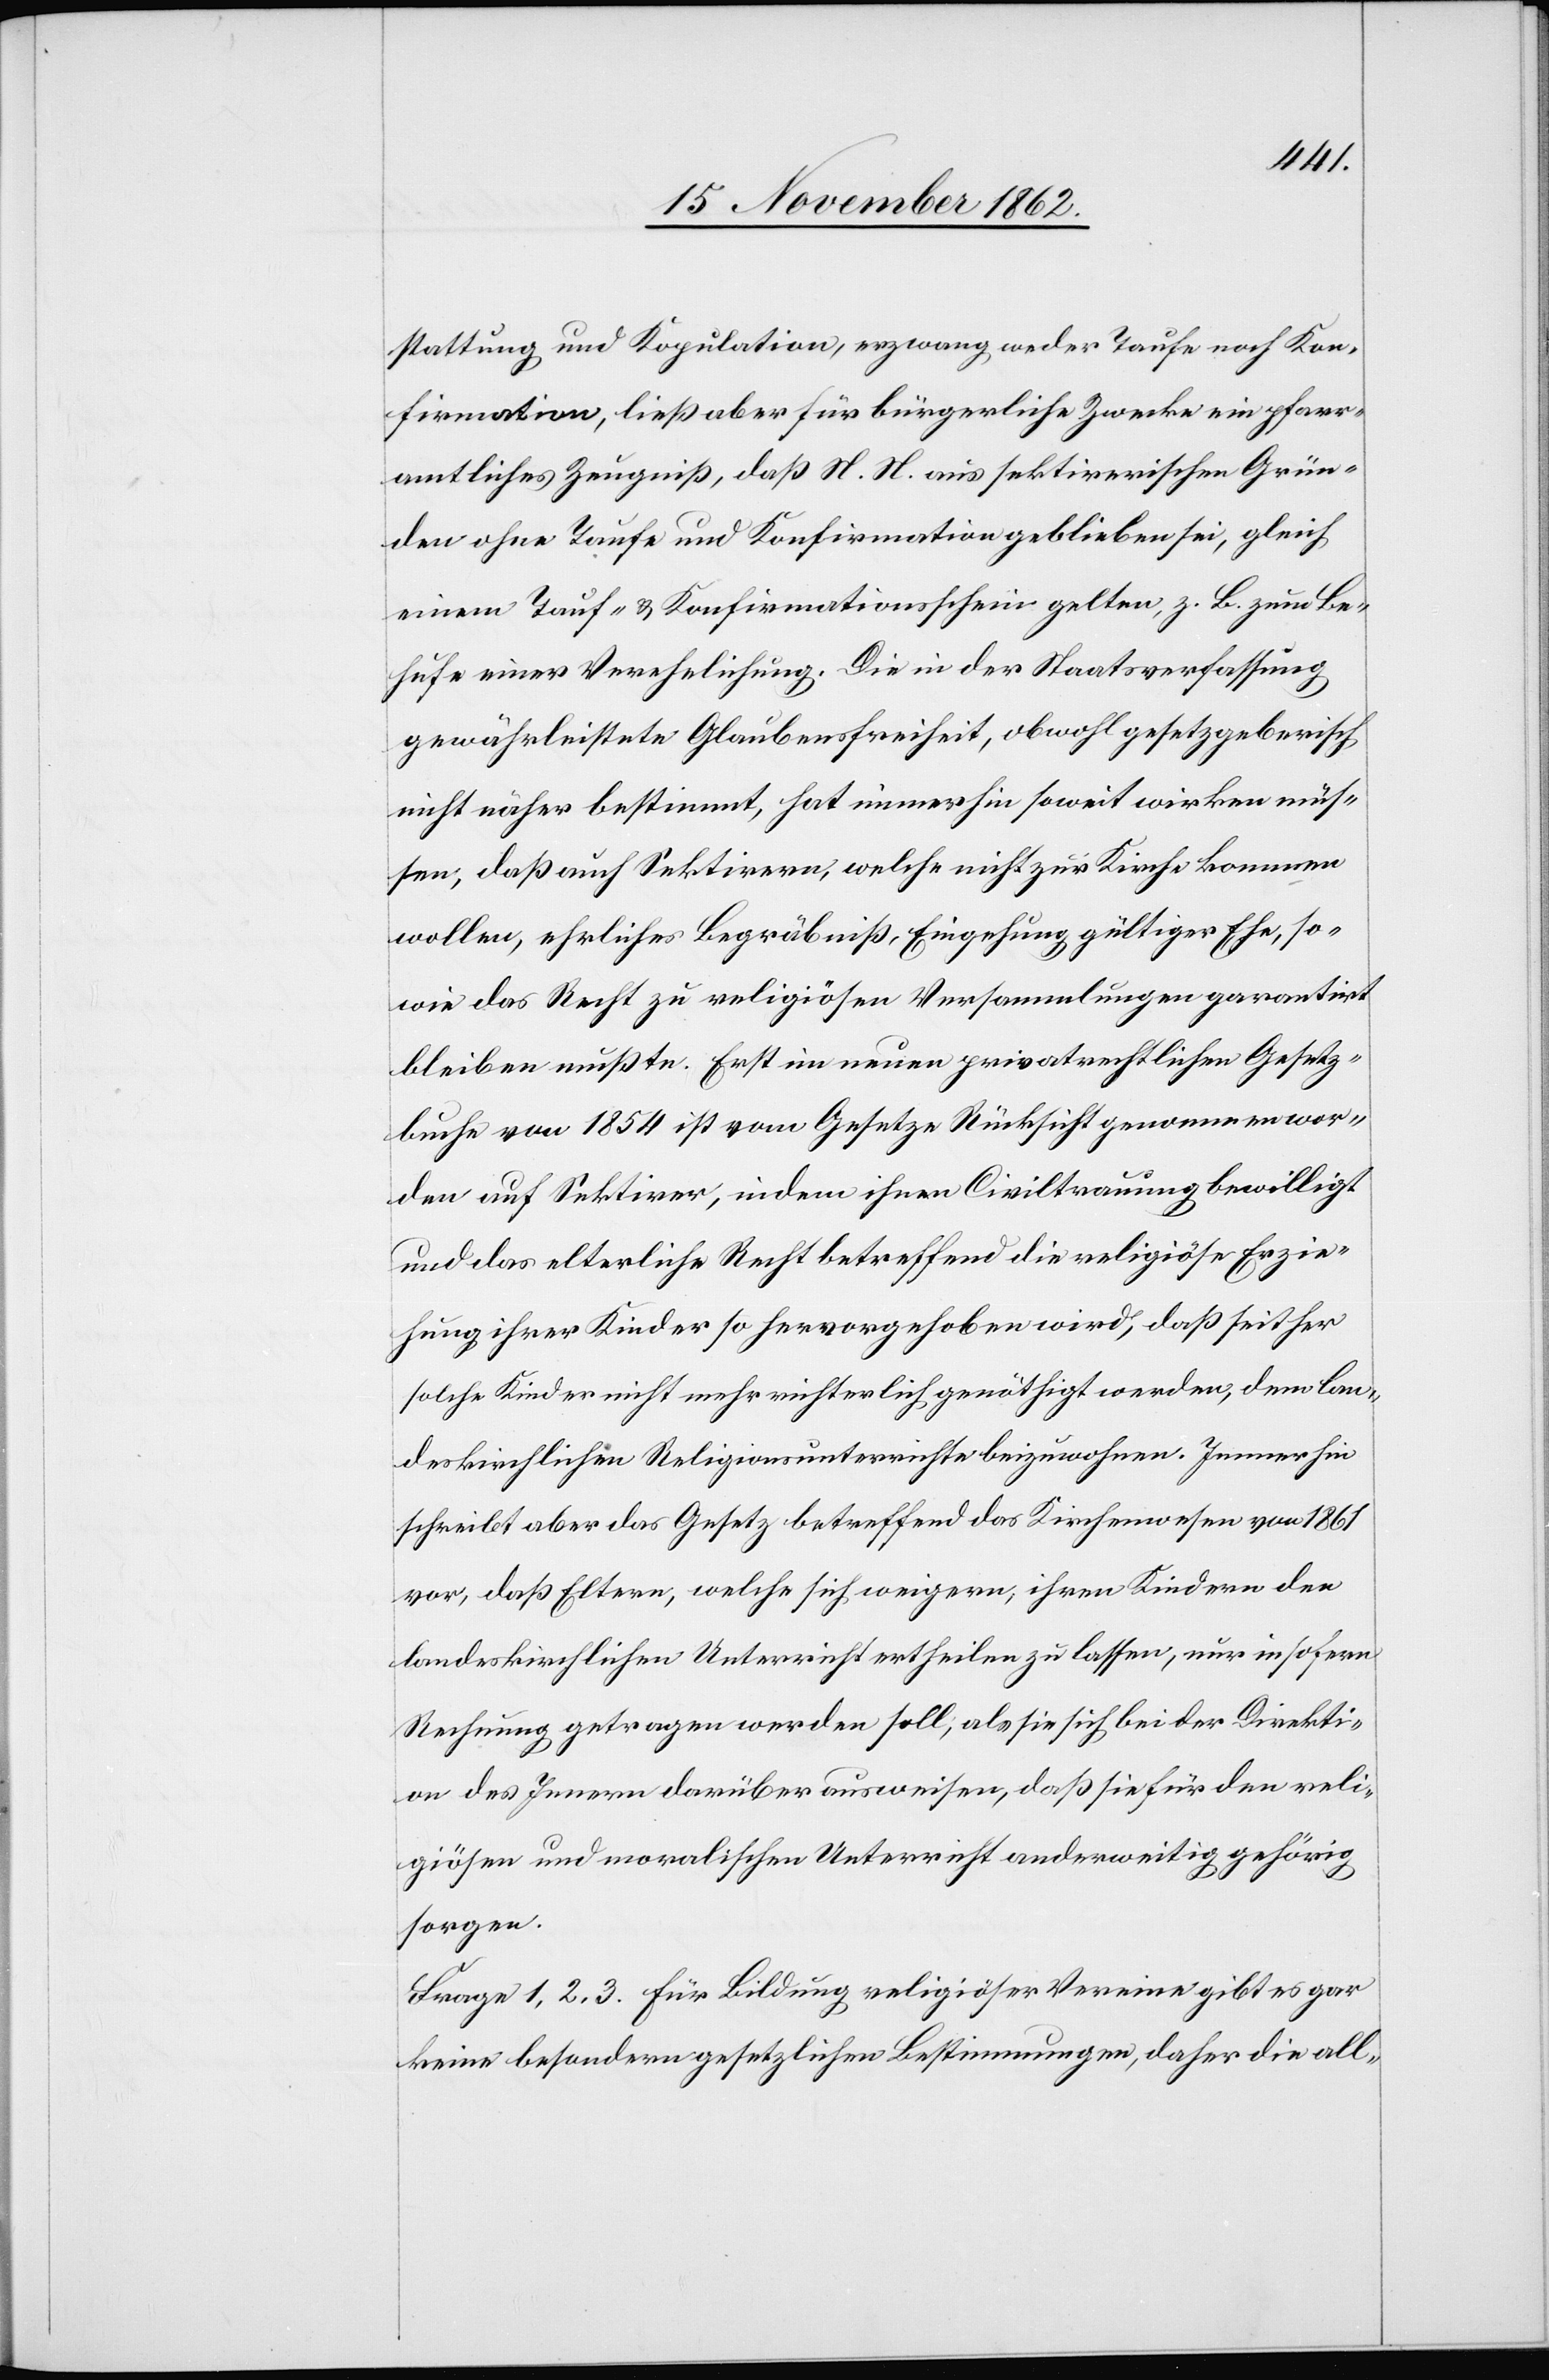
stattung und Kopulation, erzwang weder Taufe noch Kon¬
firmation, ließ aber für bürgerliche Zwecke ein pfarr¬
amtliches Zeugniß, daß N. N. aus sektirerischen Grün¬
den ohne Taufe und Konfirmation geblieben sei, gleich
einem Tauf- u. Konfirmationsschein gelten, z. B. zum Be¬
hufe einer Verehelichung. Die in der Staatsverfassung
gewährleistete Glaubensfreiheit, obwohl gesetzgeberisch
nicht näher bestimmt, hat immerhin soweit wirken müs¬
sen, daß auch Sektirern, welche nicht zur Kirche kommen
wollen, ehrliches Begräbniß, Eingehung gültiger Ehe, so¬
wie das Recht zu religiösen Versammlungen garantirt
bleiben mußte. Erst im neuen privatrechtlichen Gesetz¬
buche von 1854 ist vom Gesetze Rücksicht genommen wor¬
den auf Sektirer, indem ihnen Civiltrauung bewilligt
und das elterliche Recht betreffend die religiöse Erzie¬
hung ihrer Kinder so hervorgehoben wird, daß seither
solche Kinder nicht mehr richterlich genöthigt werden, dem lan¬
deskirchlichen Religionsunterrichte beizuwohnen. Immerhin
schreibt aber das Gesetz betreffend das Kirchenwesen von 1861
vor, daß Eltern, welche sich weigern, ihren Kindern den
landeskirchlichen Unterricht ertheilen zu lassen, nur insofern
Rechnung getragen werden soll, als sie sich bei der Direkti¬
on des Innern darüber ausweisen, daß sie für den reli¬
giösen und moralischen Unterricht anderweitig gehörig
sorgen.
Frage 1, 2, 3. Für Bildung religiöser Vereine gibt es gar
keine besondern gesetzlichen Bestimmungen, daher die all-